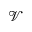
\mathcal V